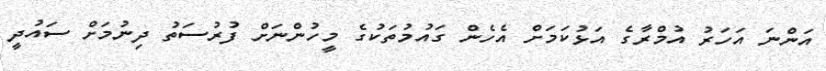
އަންނަ އަހަރު އުމްރާގެ އަޅުކަމަށް އެހެން ގައުމުތަކުގެ މީހުންނަށް ފުރުސަތު ދިނުމަށް ސައުދީ